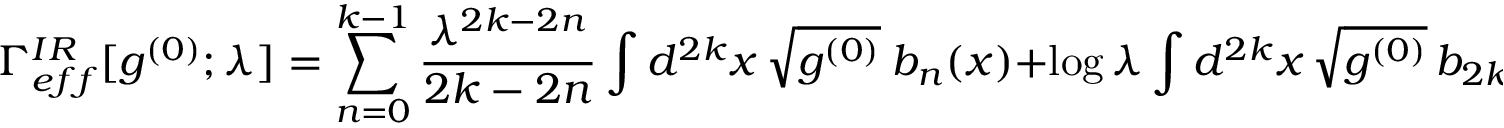
\Gamma _ { e f f } ^ { I R } [ g ^ { ( 0 ) } ; \lambda ] = \sum _ { n = 0 } ^ { k - 1 } { \frac { \lambda ^ { 2 k - 2 n } } { 2 k - 2 n } } \int d ^ { 2 k } x \, \sqrt { g ^ { ( 0 ) } } \ b _ { n } ( x ) + \log \lambda \int d ^ { 2 k } x \, \sqrt { g ^ { ( 0 ) } } \, b _ { 2 k } ( x ) + { \cal O } ( \lambda ^ { 0 } )